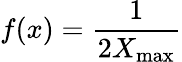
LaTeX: f(x)={\frac{1}{2X_{\operatorname*{max}}}}